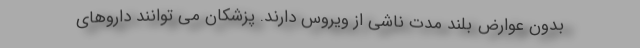
بدون عوارض بلند مدت ناشی از ویروس دارند. پزشکان می توانند داروهای